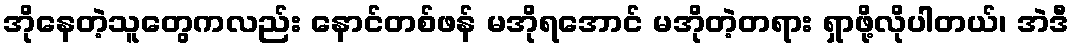
အိုနေတဲ့သူတွေကလည်း နောင်တစ်ဖန် မအိုရအောင် မအိုတဲ့တရား ရှာဖို့လိုပါတယ်၊ အဲဒီ